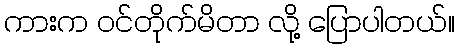
ကားက ဝင်တိုက်မိတာ လို့ ပြောပါတယ်။